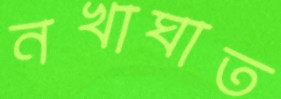
নখাঘাত